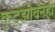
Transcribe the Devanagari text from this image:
कुटुझोवनेही